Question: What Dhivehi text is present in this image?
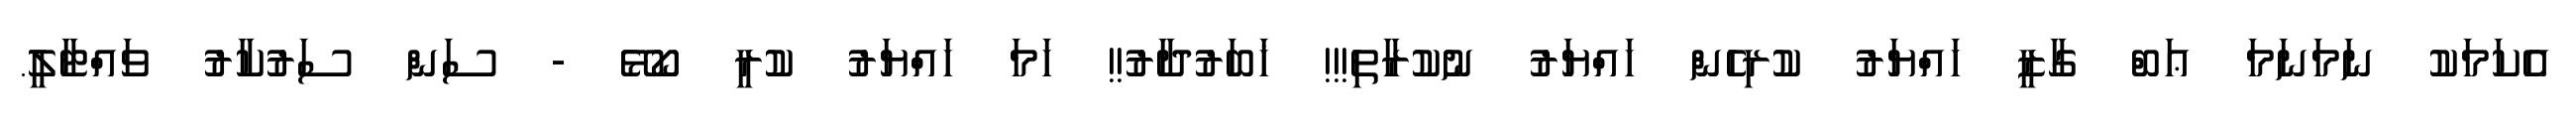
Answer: އެކަމަކު ނަމަނަމަ ޢަބް ގާޒީ ހައްޔަރު ކުރިހެން ހައްޔަރު ނުކުރާތި!!! ޚަބަރުދާރު!! ހަމަ ހައްޔަރު ކުރީ ކޯޅޭ - ސަން ސަރުކާރު ވައްޓާލީ.